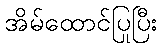
အိမ်ထောင်ပြုပြီး